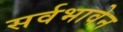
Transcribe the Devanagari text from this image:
सर्वभावेन